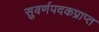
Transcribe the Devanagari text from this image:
सुवर्णपदकप्राप्त